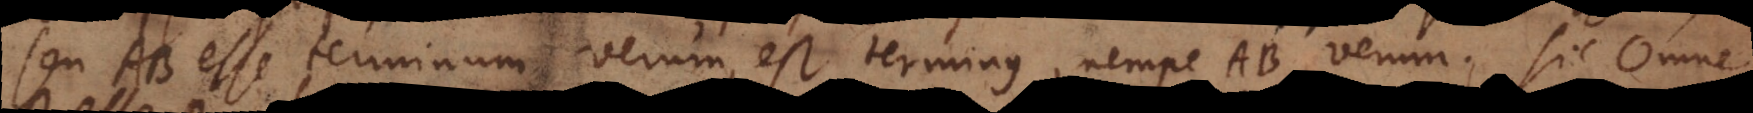
seu AB esse terminum verum, est terminus, nempe AB verum. Sic Omne